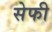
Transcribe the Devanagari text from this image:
सेफी